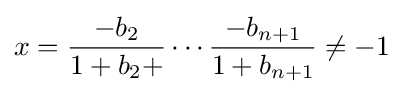
x={\frac {-b_{2}}{1+b_{2}+}}\cdots {\frac {-b_{n+1}}{1+b_{n+1}}}\neq -1